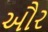
ઔર